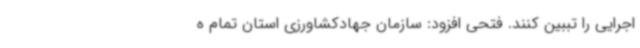
اجرایی را تببین کنند. فتحی افزود: سازمان جهادکشاورزی استان تمام ه